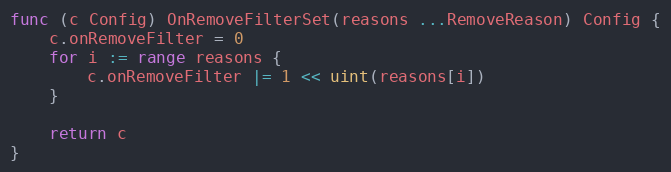
Language: Go
func (c Config) OnRemoveFilterSet(reasons ...RemoveReason) Config {
	c.onRemoveFilter = 0
	for i := range reasons {
		c.onRemoveFilter |= 1 << uint(reasons[i])
	}

	return c
}